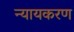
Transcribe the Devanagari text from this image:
न्यायकरण